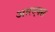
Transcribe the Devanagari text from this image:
आरएक्स